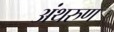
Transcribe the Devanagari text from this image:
अंथरुण